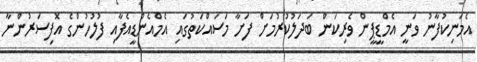
އެމަނިކުފާނު ވަނީ އެމްޑީޕީން ވެރިކަން ބަދަލުކުރުމަށް ފަށާ މަސައްކަތުގައި އެމްއެންޑީއެފާއި ފުލުހުންގެ އޮފިސަރުންނާ